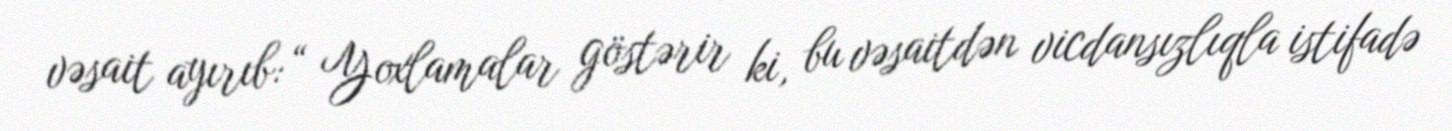
vəsait ayırıb: “ Yoxlamalar göstərir ki, bu vəsaitdən vicdansızlıqla istifadə